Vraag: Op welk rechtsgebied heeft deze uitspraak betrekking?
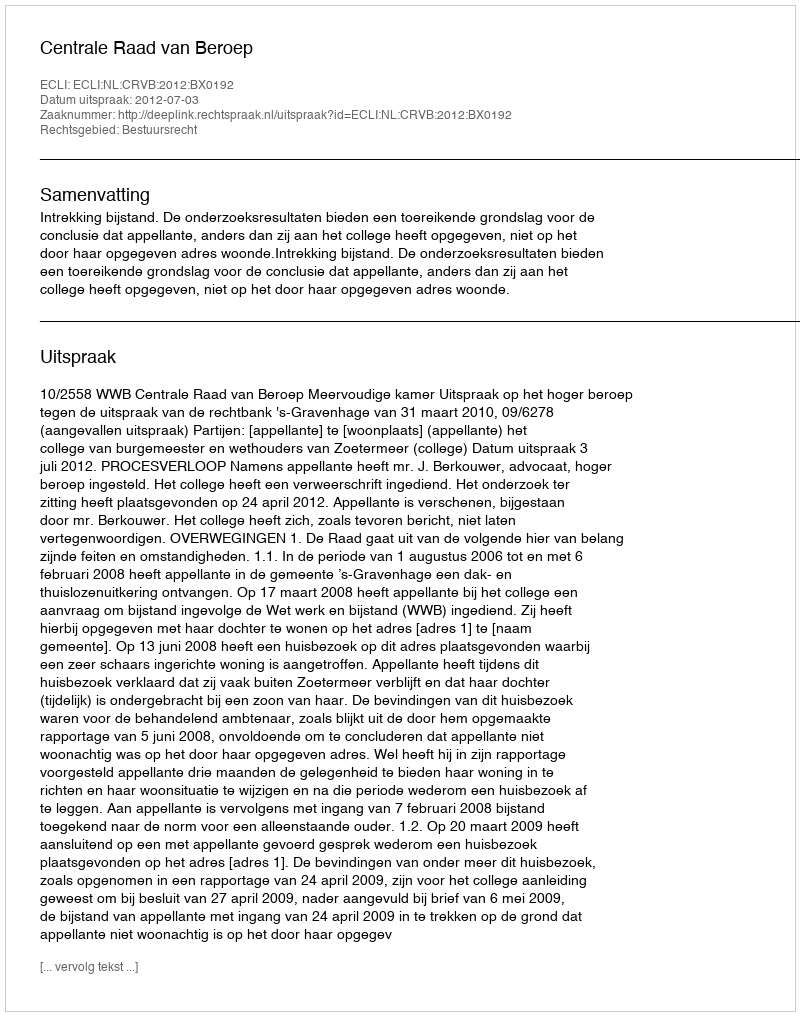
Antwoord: Bestuursrecht